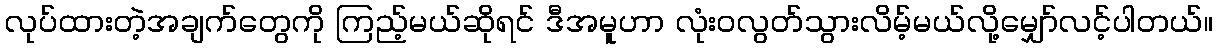
လုပ်ထားတဲ့အချက်တွေကို ကြည့်မယ်ဆိုရင် ဒီအမူဟာ လုံးဝလွတ်သွားလိမ့်မယ်လို့မျှော်လင့်ပါတယ်။